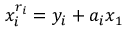
x _ { i } ^ { r _ { i } } = y _ { i } + a _ { i } x _ { 1 }